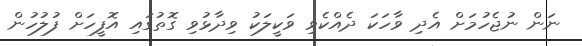
ނަން ނުޖެހުމަށް އެދި ވާހަކަ ދެއްކެވި ވަކީލަކު ވިދާޅުވި ގޮތުގައި އޮފީހަށް ފުލުހުން